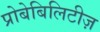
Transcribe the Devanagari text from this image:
प्रोबेबिलिटीज़